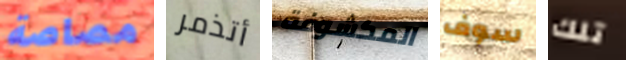
مصاصة أتذمر المكشوفة سوف تلك